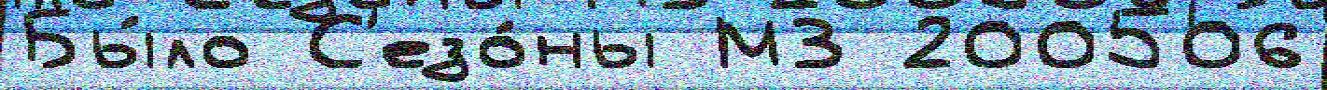
Бы́ло С'езо́ны МЗ 200506